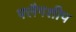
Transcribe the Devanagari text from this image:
फ्लैगशीप